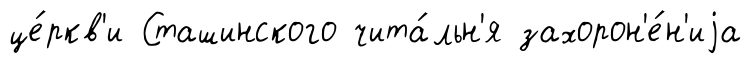
це́ркв'и Сташинского чита́льн'я захорон'е́н'иjа